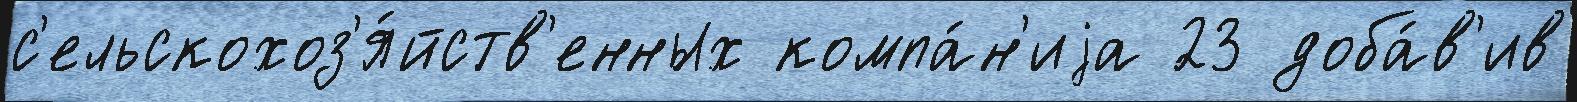
с'ельскохоз'я́йств'енных компа́н'иjа 23 доба́в'ив